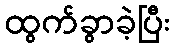
ထွက်ခွာခဲ့ပြီး